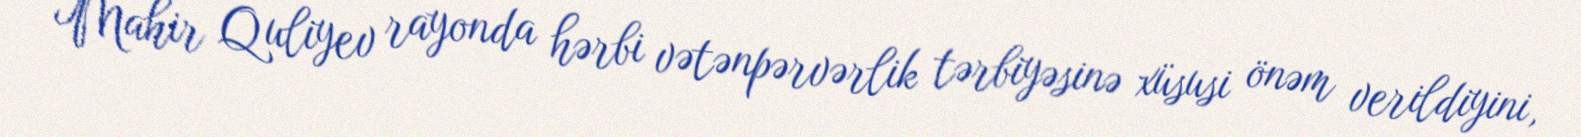
Mahir Quliyev rayonda hərbi vətənpərvərlik tərbiyəsinə xüsusi önəm verildiyini,